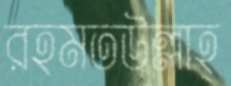
রহমতউল্লাহ্